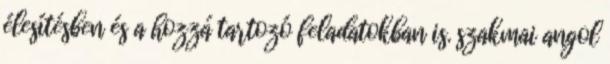
élesítésben és a hozzá tartozó feladatokban is. szakmai angol